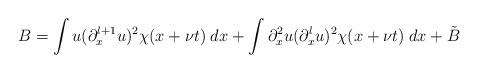
LaTeX: \begin{align*} B = \int u(\partial_x^{l+1}u)^2\chi(x+\nu t) \; dx + \int\partial_x^2u(\partial_x^lu)^2\chi(x+\nu t) \; dx + \tilde{B}\end{align*}